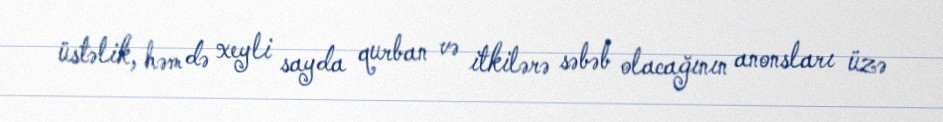
üstəlik, həm də xeyli sayda qurban və itkilərə səbəb olacağının anonsları üzə